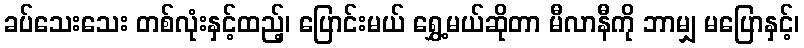
ခပ်သေးသေး တစ်လုံးနှင့်ထည့်၊ ပြောင်းမယ် ရွှေ့မယ်ဆိုတာ မီလာနီကို ဘာမျှ မပြောနှင့်၊